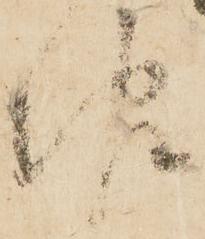
報